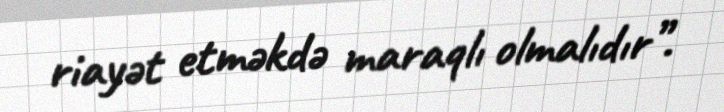
riayət etməkdə maraqlı olmalıdır”.